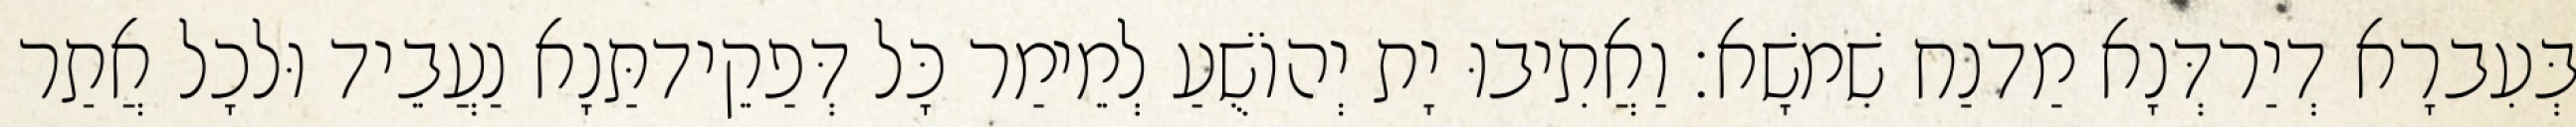
בְּעִברָא דְיַרדְּנָא מַדנַח שִׁמשָׁא׃ וַאֲתִיבוּ יָת יְהוֹשֻׁעַ לְמֵימַר כָּל דְּפַקֵידתַּנָא נַעֲבֵיד וּלכָל אֲתַר